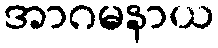
အာဂမနာယ